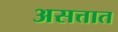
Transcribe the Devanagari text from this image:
असत्तात